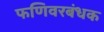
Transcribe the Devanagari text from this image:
फणिवरबंधक